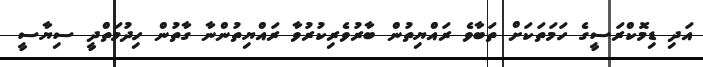
އަދި ޑިމޮކްރަސީގެ ހަމަތަކަށް ތަބާވެ ރައްޔިތުން ބާރުވެރިކުރުވާ ރައްޔިތުންނާ ގާތުން ހިދުމަތްދީ ސިޔާސީ